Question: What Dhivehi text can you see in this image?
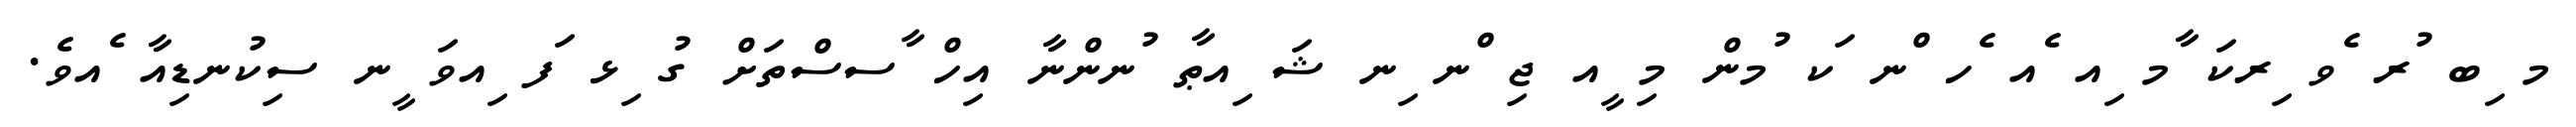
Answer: މ ިބ ުރ ެވ ިރކަ ާމ ިއ ެއ ެހ ްނ ަކ ުމން މި ީއ ޖި ްނ ިނ ޝަ ިއޠާ ުނންނާ އިހް ާސސްތަށް ގު ިޅ ަފ ިއވަ ީނ ސިކުނޑިއާ ެއވެ.